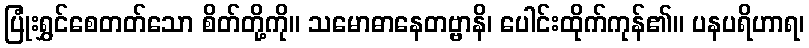
ပြုံးရွှင်စေတတ်သော စိတ်တို့ကို။ သမောဓာနေတဗ္ဗာနိ၊ ပေါင်းထိုက်ကုန်၏။ ပနပရိဟာရ၊